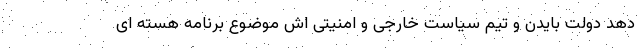
دهد دولت بایدن و تیم سیاست خارجی و امنیتی اش موضوع برنامه هسته ای